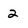
Character: 2